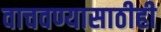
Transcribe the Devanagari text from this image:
वाचवण्यासाठीही